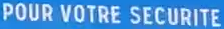
POUR VOTRE SECURITE